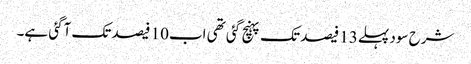
شرح سود پہلے13 فیصد تک پہنچ گئی تھی اب10 فیصد تک آگئی ہے۔